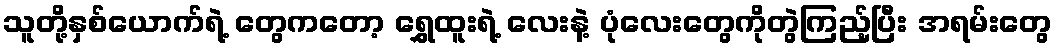
သူတို့နှစ်ယောက်ရဲ့ တွေကတော့ ရွှေထူးရဲ့ လေးနဲ့ ပုံလေးတွေကိုတွဲကြည့်ပြီး အရမ်းတွေ